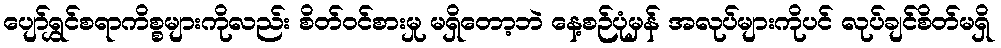
ပျော်ရွှင်စရာကိစ္စများကိုလည်း စိတ်ဝင်စားမှု မရှိတော့ဘဲ နေ့စဉ်ပုံမှန် အလုပ်များကိုပင် လုပ်ချင်စိတ်မရှိ